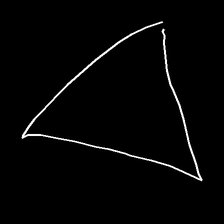
Glyph: convergence